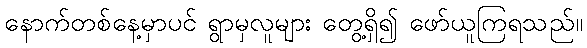
နောက်တစ်နေ့မှာပင် ရွာမှလူများ တွေ့ရှိ၍ ဖော်ယူကြရသည်။